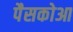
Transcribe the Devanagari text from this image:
पैसकोआ